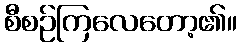
စီစဉ်ကြလေတော့၏။